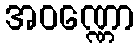
အဝဏ္ဏော